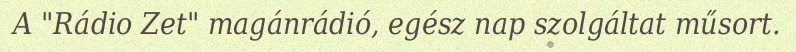
A "Rádio Zet" magánrádió, egész nap szolgáltat műsort.